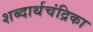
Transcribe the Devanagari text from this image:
शब्दार्थचंद्रिका